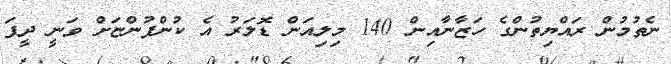
ނެތުމުން ރައްޔިތުންގެ ހަޒާނާއިން 140 މިލިއަން ޑޮލަރު އެ ކުންފުންޏަށް ވަނީ ދީފަ